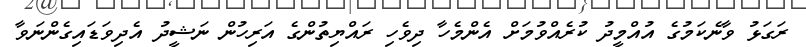
ރަގަޅު ވާނެކަމުގެ އުއްމީދު ކުރެއްވުމަށް އެންމެހާ ދިވެހި ރައްޔިތުންގެ އަރިހުން ނަޝީދު އެދިވަޑައިގެންނަވާ